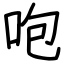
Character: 咆